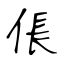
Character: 倀